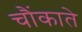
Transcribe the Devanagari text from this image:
चौंकाते